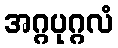
အဂ္ဂပုဂ္ဂလံ